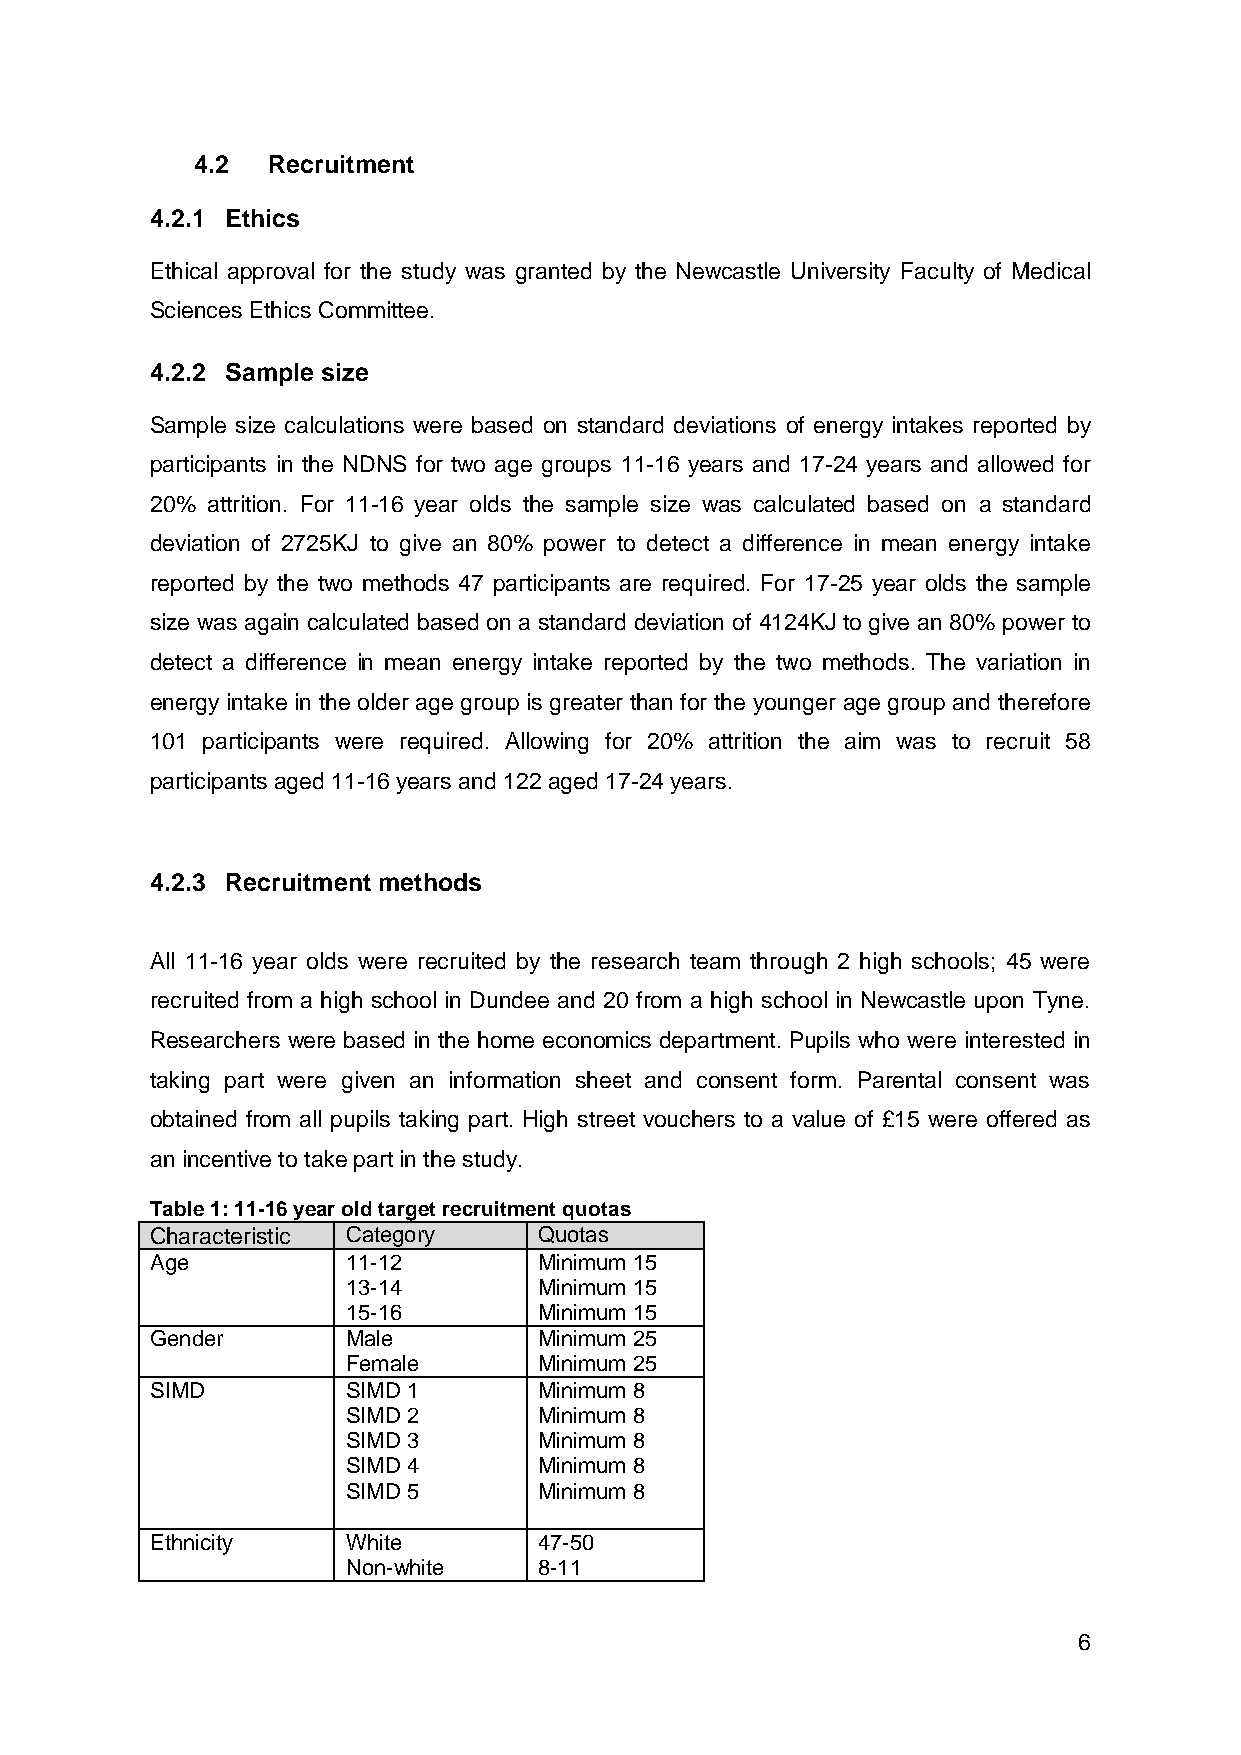
4.2  Recruitment
 4.2.1 Ethics
 Ethical approval for the study was granted by the Newcastle University Faculty of Medical
 Sciences Ethics Committee.
 4.2.2 Sample size
 Sample size calculations were based on standard deviations of energy intakes reported by
 participants in the NDNS for two age groups 11-16 years and 17-24 years and allowed for
 20% attrition. For 11-16 year olds the sample size was calculated based on a standard
 deviation of 2725KJ to give an 80% power to detect a difference in mean energy intake
 reported by the two methods 47 participants are required. For 17-25 year olds the sample
 size was again calculated based on a standard deviation of 4124KJ to give an 80% power to
 detect a difference in mean energy intake reported by the two methods. The variation in
 energy intake in the older age group is greater than for the younger age group and therefore
 101 participants were required. Allowing for 20% attrition the aim was to recruit 58
 participants aged 11-16 years and 122 aged 17-24 years.
 4.2.3 Recruitment methods
 All 11-16 year olds were recruited by the research team through 2 high schools; 45 were
 recruited from a high school in Dundee and 20 from a high school in Newcastle upon Tyne.
 Researchers were based in the home economics department. Pupils who were interested in
 taking part were given an information sheet and consent form. Parental consent was
 obtained from all pupils taking part. High street vouchers to a value of £15 were offered as
 an incentive to take part in the study.
 Table 1: 11-16 year old target recruitment quotas
 Characteristic Category   Quotas
 Age          11-12        Minimum 15
 13-14        Minimum 15
 15-16        Minimum 15
 Gender       Male         Minimum 25
 Female       Minimum 25
 SIMD         SIMD 1       Minimum 8
 SIMD 2       Minimum 8
 SIMD 3       Minimum 8
 SIMD 4       Minimum 8
 SIMD 5       Minimum 8
 Ethnicity    White        47-50
 Non-white    8-11
 6